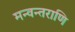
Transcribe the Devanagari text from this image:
मन्वन्तराणि